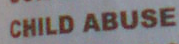
CHILD ABUSE